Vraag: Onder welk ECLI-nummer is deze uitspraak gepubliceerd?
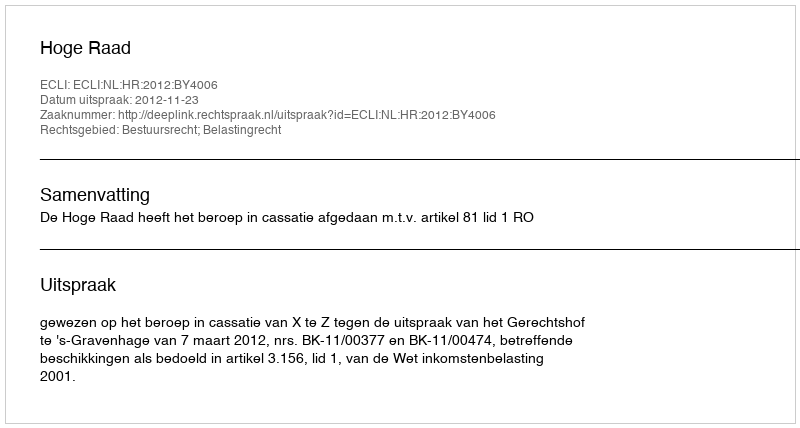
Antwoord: ECLI:NL:HR:2012:BY4006